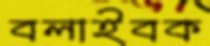
বলাইবক